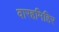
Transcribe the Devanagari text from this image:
वारहमिहिर